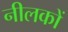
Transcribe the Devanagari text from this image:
नीलकों